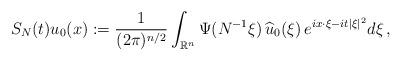
LaTeX: \begin{align*}S_{N}(t)u_0(x) :=\frac{1}{(2\pi)^{n/2}} \int_{\mathbb{R}^n}\Psi(N^{-1}\xi)\,\widehat{u}_0(\xi)\, e^{ ix\cdot\xi - i t | \xi |^{2} } d \xi \, ,\end{align*}